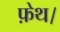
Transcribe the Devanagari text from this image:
फ़ेथ।